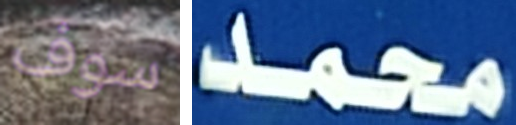
سوف محمد